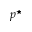
p ^ { \star }